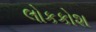
લોકકોશ